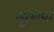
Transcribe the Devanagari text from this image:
मुलिया